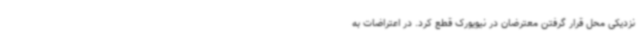
نزدیکی محل قرار گرفتن معترضان در نیویورک قطع کرد. در اعتراضات به